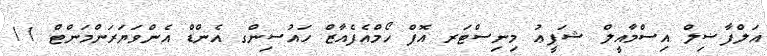
އަލްފާޟިލް އިސްމާއީލް ޝަފީޢު މިނިސްޓަރ އޮފް ހޯމްއެފެއާޒް ހައުސިންގ އެންޑް އެންވަޔަރަންމަންޓް 11